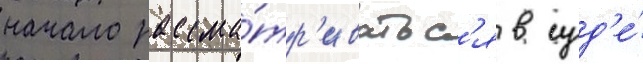
начало рассма́тр'иватьс'я в суд'е́